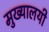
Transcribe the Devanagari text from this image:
मुख्यालयी